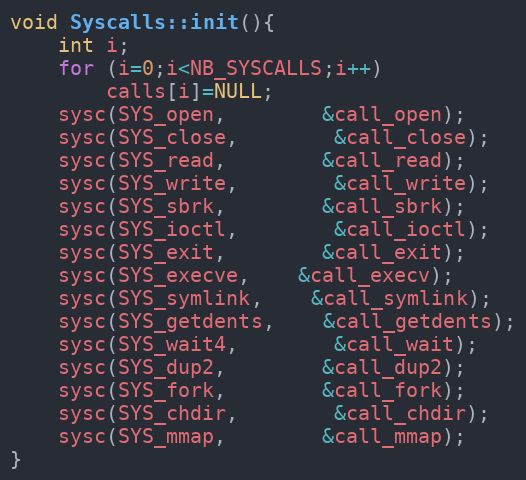
Language: C++
void Syscalls::init(){
	int i;
	for (i=0;i<NB_SYSCALLS;i++)
		calls[i]=NULL;
	sysc(SYS_open,		&call_open);
	sysc(SYS_close,		&call_close);
	sysc(SYS_read,		&call_read);
	sysc(SYS_write,		&call_write);
	sysc(SYS_sbrk,		&call_sbrk);
	sysc(SYS_ioctl,		&call_ioctl);
	sysc(SYS_exit,		&call_exit);
	sysc(SYS_execve,	&call_execv);
	sysc(SYS_symlink,	&call_symlink);
	sysc(SYS_getdents,	&call_getdents);
	sysc(SYS_wait4,		&call_wait);
	sysc(SYS_dup2,		&call_dup2);
	sysc(SYS_fork,		&call_fork);
	sysc(SYS_chdir,		&call_chdir);
	sysc(SYS_mmap,		&call_mmap);
}